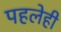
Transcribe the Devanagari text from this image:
पहलेही